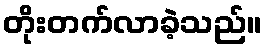
တိုးတက်လာခဲ့သည်။